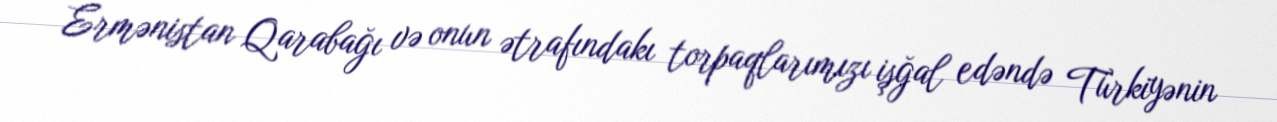
Ermənistan Qarabağı və onun ətrafındakı torpaqlarımızı işğal edəndə Türkiyənin